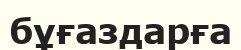
бұғаздарға